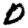
Digit: 0